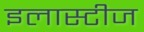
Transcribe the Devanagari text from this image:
इलास्टीज